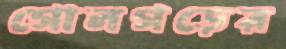
গোলগড়ের